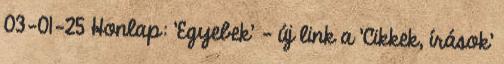
03-01-25 Honlap: 'Egyebek' - új link a 'Cikkek, írások'